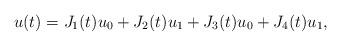
LaTeX: \begin{align*} u(t) = J_{1}(t)u_{0}+ J_{2}(t)u_{1} +J_{3}(t)u_{0} +J_{4}(t) u_{1},\end{align*}